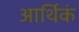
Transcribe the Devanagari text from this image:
आर्थिकं